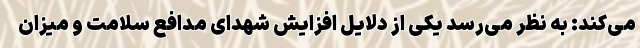
می‌کند: به نظر می‌رسد یکی از دلایل افزایش شهدای مدافع سلامت و میزان